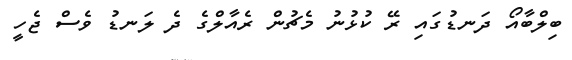
ބިލްބާއޯ ދަނޑުގައި ރޭ ކުޅުނު މެޗުން ރެއާލްގެ ދެ ލަނޑު ވެސް ޖެހީ